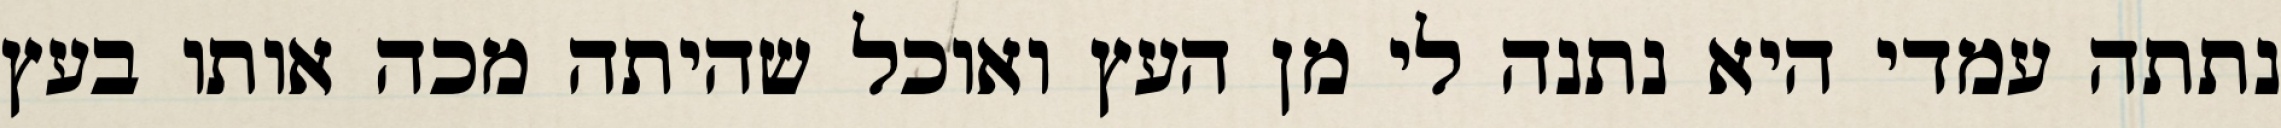
נתתה עמדי היא נתנה לי מן העץ ואוכל שהיתה מכה אותו בעץ